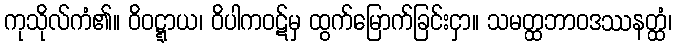
ကုသိုလ်ကံ၏။ ဝိဝဋ္ဋာယ၊ ဝိပါကဝဋ်မှ ထွက်မြောက်ခြင်းငှာ။ သမတ္ထဘာဝဒဿနတ္ထံ၊